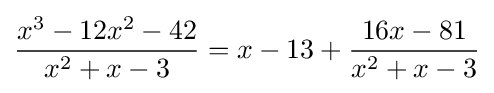
{\frac {x^{3}-12x^{2}-42}{x^{2}+x-3}}=x-13+{\frac {16x-81}{x^{2}+x-3}}